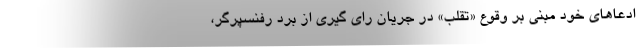
ادعاهای خود مبنی بر وقوع «تقلب» در جریان رای گیری از برد رفنسپرگر،